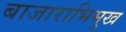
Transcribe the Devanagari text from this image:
बाजाराभिमुख